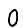
Digit: 0